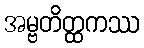
အမ္ဗတိတ္ထကဿ